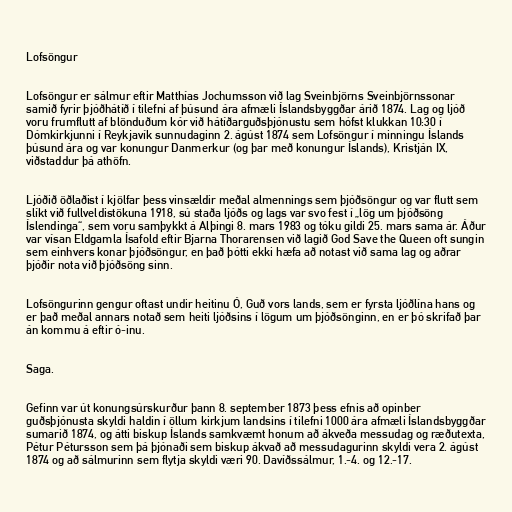
Lofsöngur

Lofsöngur er sálmur eftir Matthías Jochumsson við lag Sveinbjörns Sveinbjörnssonar
samið fyrir þjóðhátíð í tilefni af þúsund ára afmæli Íslandsbyggðar árið 1874. Lag og ljóð
voru frumflutt af blönduðum kór við hátíðarguðsþjónustu sem hófst klukkan 10:30 í
Dómkirkjunni í Reykjavík sunnudaginn 2. ágúst 1874 sem Lofsöngur í minningu Íslands
þúsund ára og var konungur Danmerkur (og þar með konungur Íslands), Kristján IX,
viðstaddur þá athöfn.

Ljóðið öðlaðist í kjölfar þess vinsældir meðal almennings sem þjóðsöngur og var flutt sem
slíkt við fullveldistökuna 1918, sú staða ljóðs og lags var svo fest í „lög um þjóðsöng
Íslendinga“, sem voru samþykkt á Alþingi 8. mars 1983 og tóku gildi 25. mars sama ár. Áður
var vísan Eldgamla Ísafold eftir Bjarna Thorarensen við lagið God Save the Queen oft sungin
sem einhvers konar þjóðsöngur, en það þótti ekki hæfa að notast við sama lag og aðrar
þjóðir nota við þjóðsöng sinn.

Lofsöngurinn gengur oftast undir heitinu Ó, Guð vors lands, sem er fyrsta ljóðlína hans og
er það meðal annars notað sem heiti ljóðsins í lögum um þjóðsönginn, en er þó skrifað þar
án kommu á eftir ó-inu.

Saga.

Gefinn var út konungsúrskurður þann 8. september 1873 þess efnis að opinber
guðsþjónusta skyldi haldin í öllum kirkjum landsins í tilefni 1000 ára afmæli Íslandsbyggðar
sumarið 1874, og átti biskup Íslands samkvæmt honum að ákveða messudag og ræðutexta,
Pétur Pétursson sem þá þjónaði sem biskup ákvað að messudagurinn skyldi vera 2. ágúst
1874 og að sálmurinn sem flytja skyldi væri 90. Davíðssálmur, 1.-4. og 12.-17.